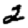
Digit: 2